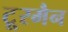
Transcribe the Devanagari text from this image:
टू्रमैन